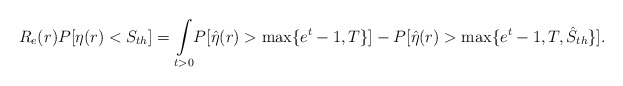
\begin{align*}R_e(r)P[\eta(r)<S_{th}]=\underset{t>0}\int P[\hat{\eta}(r)>\max\{e^t-1,T\}]-P[\hat{\eta}(r)>\max\{e^t-1,T,\hat{S}_{th}\}] . \end{align*}